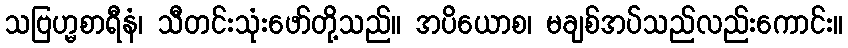
သဗြဟ္မစာရီနံ၊ သီတင်းသုံးဖော်တို့သည်။ အပိယောစ၊ မချစ်အပ်သည်လည်းကောင်း။